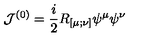
{ \cal J } ^ { ( 0 ) } = \frac i 2 R _ { [ \mu ; \nu ] } \psi ^ { \mu } \psi ^ { \nu }